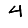
Digit: 4